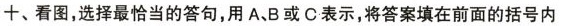
十、看图,选择最恰当的答句,用 A、B或 C表示,将答案填在前面的括号内